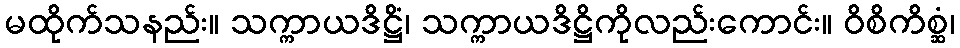
မထိုက်သနည်း။ သက္ကာယဒိဋ္ဌိံ၊ သက္ကာယဒိဋ္ဌိကိုလည်းကောင်း။ ဝိစိကိစ္ဆံ၊